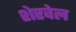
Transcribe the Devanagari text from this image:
शेरवेल